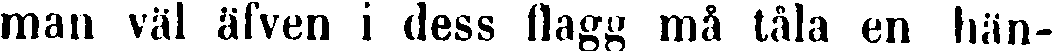
man väl äfven i dess flagg må tåla en hän-